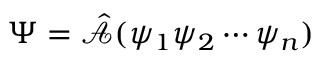
\Psi = \hat { \mathcal { A } } ( \psi _ { 1 } \psi _ { 2 } \cdots \psi _ { n } )